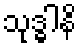
သုဒ္ဓါနိ